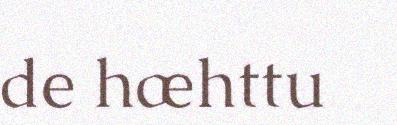
de hæhttu